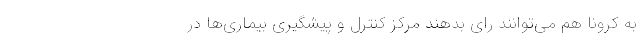
به کرونا هم می‌توانند رای بدهند مرکز کنترل و پیشگیری بیماری‌ها در